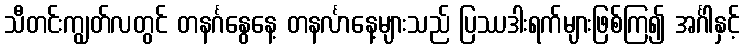
သီတင်းကျွတ်လတွင် တနင်္ဂနွေနေ့ တနင်္လာနေ့များသည် ပြဿဒါးရက်များဖြစ်ကြ၍ အင်္ဂါနှင့်